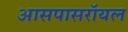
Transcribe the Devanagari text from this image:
आसपासरॉयल